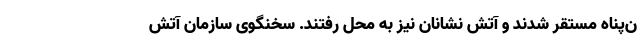
ن‌پناه مستقر شدند و آتش نشانان نیز به محل رفتند. سخنگوی سازمان آتش